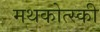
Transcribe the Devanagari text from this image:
मथकोत्स्की